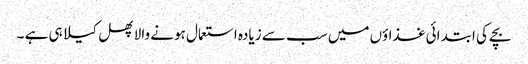
بچے کی ابتدائی غذاؤں میں سب سے زیادہ استعمال ہونے والا پھل کیلا ہی ہے ۔